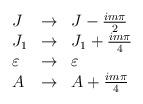
LaTeX: \begin{align*}\begin{array}{lll} J & \rightarrow & J - {i m \pi \over 2} \\ J_1 & \rightarrow & J_1 + {i m \pi \over 4} \\ \varepsilon & \rightarrow & \varepsilon \\ A & \rightarrow & A + {i m \pi \over 4}\end{array}\end{align*}